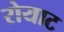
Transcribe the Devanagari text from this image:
रोयाट